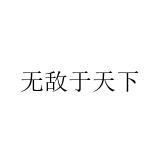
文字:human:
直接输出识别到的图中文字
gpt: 无敌于天下